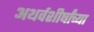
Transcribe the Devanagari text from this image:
अथर्वशीर्षांच्या